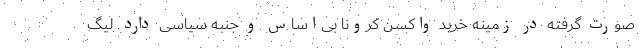
صورت گرفته در زمینه خرید واکسن کرونا بی‌اساس و جنبه سیاسی دارد. لیگ